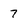
Character: 7